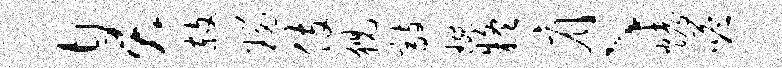
臭赦瑙伎猊敲琬疑肩、烤嗒